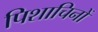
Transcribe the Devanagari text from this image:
पिशाचिनों